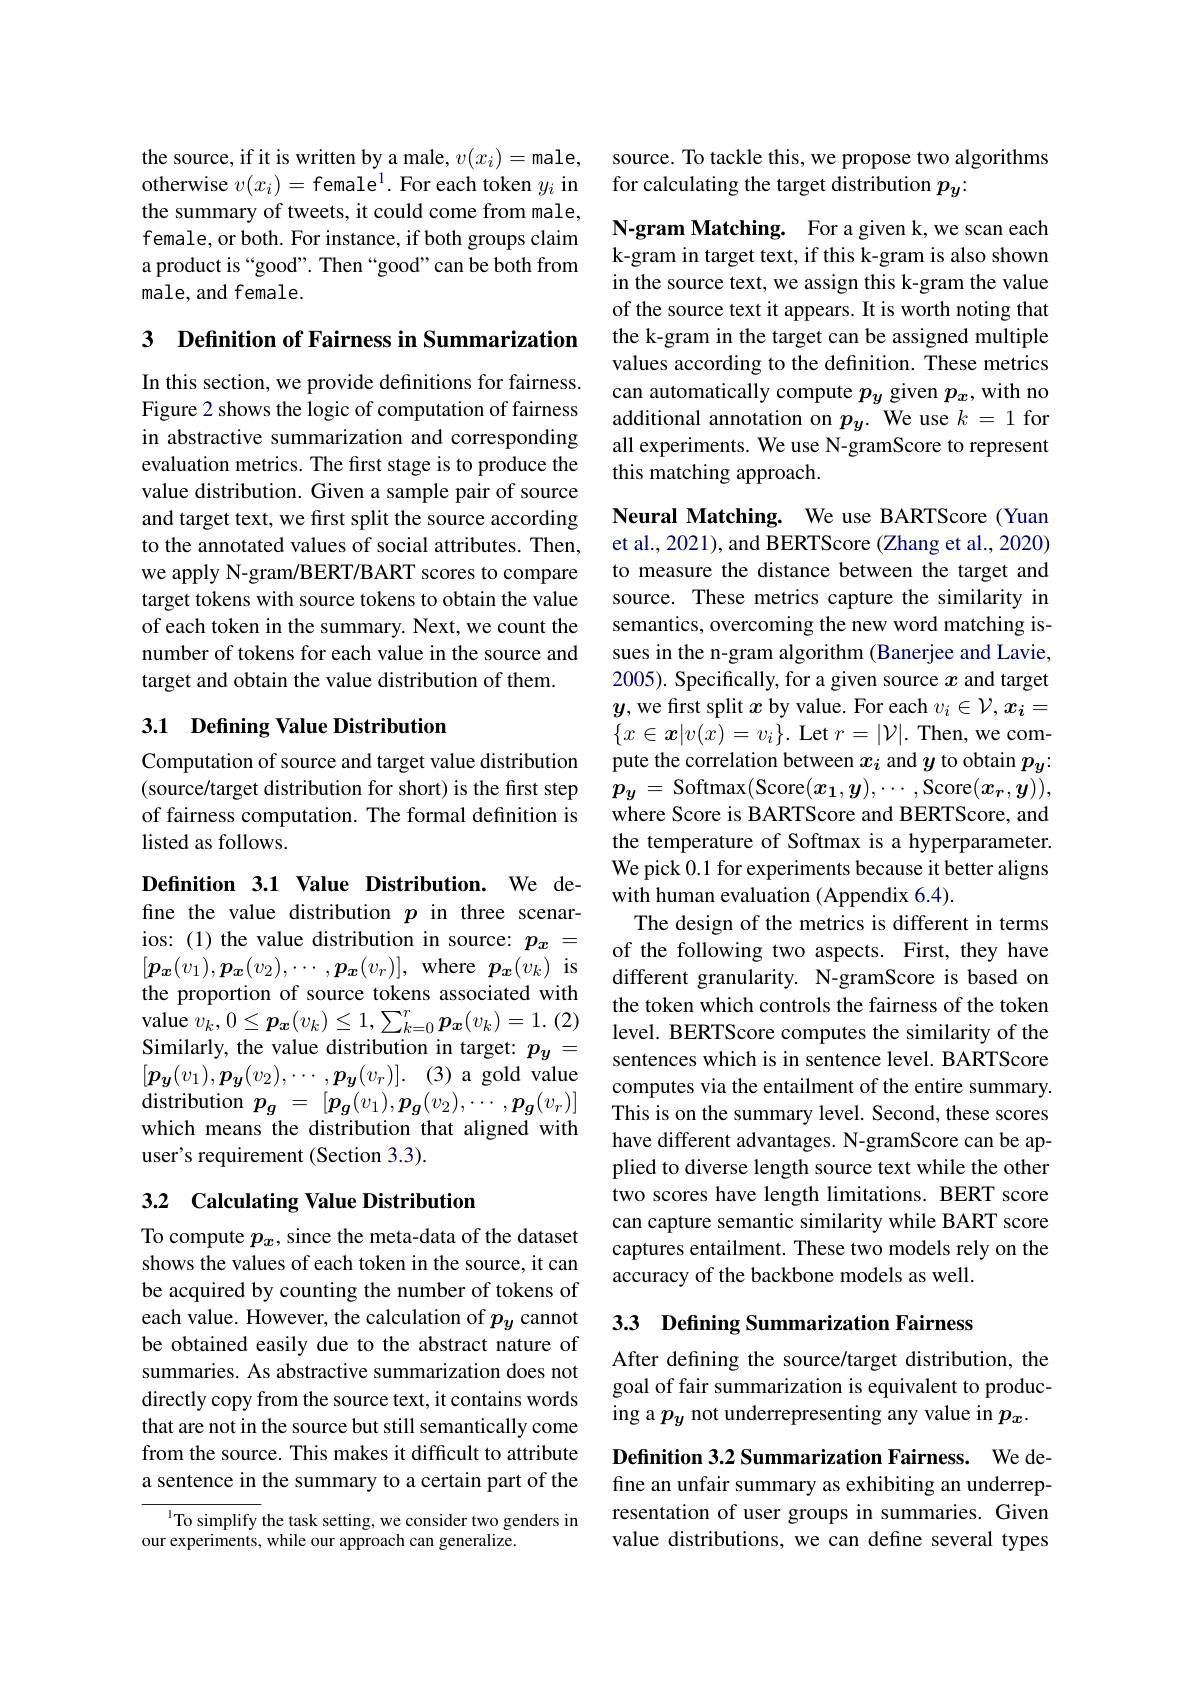
the source, if it is written by a male, $v(x_i)=$male, otherwise $v(x_i)=$female$^1.$ For each token $y_i$ in the summary of tweets, it could come from male, female, or both. For instance, if both groups claim a product is “good”. Then “good”can be both from male, and female.

3 Definition of Fairness in Summarization

In this section, we provide definitions for fairness. Figure 2 shows the logic of computation of fairness in abstractive summarization and corresponding evaluation metrics. The first stage is to produce the value distribution. Given a sample pair of source and target text, we first split the source according to the annotated values of social attributes. Then, we apply N-gram/BERT/BART scores to compare target tokens with source tokens to obtain the value of each token in the summary. Next, we count the number of tokens for each value in the source and target and obtain the value distribution of them.

## 3.1 Defining Value Distribution

Computation of source and target value distribution (source/target distribution for short) is the first step of fairness computation. The formal definition is listed as follows.

Definition 3.1 Value Distribution. We define the value distribution $p$ in three scenarios: (1) the value distribution in source: $p_x=$ $[\boldsymbol{p}_{\boldsymbol{x}}(v_{1}),\boldsymbol{p}_{\boldsymbol{x}}(v_{2}),\cdots,\boldsymbol{p}_{\boldsymbol{x}}(v_{r})]$,where$\boldsymbol p_{\boldsymbol{x}}(v_{k})$is the proportion of source tokens associated with value $v_{k}, 0\leq \boldsymbol{p}_{\boldsymbol{x}}( v_{k}) \leq 1, \sum _{k= 0}^{r}\boldsymbol{p}_{\boldsymbol{x}}( v_{k}) = 1. ( 2)$ Similarly, the value distribution in target: $p_y=$ $[ \boldsymbol{\underset y{p}}( v_1) , \boldsymbol{\underset y{p}}( v_2) , \cdots , \boldsymbol{\underset y{p}}( v_r) ] .$ (3)a gold value ${\mathrm{distribution~}}p_{g}$ = $[ p_{g}( v_{1}) , p_{g}( v_{2}) , \cdots , p_{g}( v_{r}) ]$ which means the distribution that aligned with user's requirement (Section 3.3).

## 3.2 Calculating Value Distribution

To compute $p_x$, since the meta-data of the dataset shows the values of each token in the source, it can be acquired by counting the number of tokens of each value. However, the calculation of $p_y$ cannot be obtained easily due to the abstract nature of summaries. As abstractive summarization does not directly copy from the source text, it contains words that are not in the source but still semantically come from the source. This makes it difficult to attribute a sentence in the summary to a certain part of the

$^{1}$To simplify the task setting, we consider two genders in
our experiments, while our approach can generalize.

source. To tackle this, we propose two algorithms
for calculating the target distribution $p_y:$

N-gram Matching. For a given k,we scan each k-gram in target text, if this k-gram is also shown in the source text, we assign this k-gram the value of the source text it appears. It is worth noting that the k-gram in the target can be assigned multiple values according to the definition. These metrics can automatically compute $p_y$ given $p_x$, with no additional annotation on $p_y.$ We use $k=1$ for all experiments. We use N-gramScore to represent this matching approach.

Neural Matching. We use BARTScore (Yuan et al., 2021), and BERTScore (Zhang et al., 2020) to measure the distance between the target and source. These metrics capture the similarity in semantics, overcoming the new word matching issues in the n-gram algorithm (Banerjee and Lavie, 2005). Specifically, for a given source $x$ and target $y$, we first split $x$ by value. For each $v_i\in\mathcal{V},x_i=$ $\{x\in\boldsymbol{x}|v(x)=v_i\}.$ Let $r=|\mathcal{V}|.$ Then, we compute the correlation between $x_i$ and $y$ to obtain $p_y$: $p_y=$ Softmax(Score$(x_1,\boldsymbol{y}),\cdots$,Score$(\boldsymbol{x}_\boldsymbol{r},\boldsymbol{y}))$, where Score is BARTScore and BERTScore, and the temperature of Softmax is a hyperparameter. We pick 0.1 for experiments because it better aligns with human evaluation (Appendix 6.4).
The design of the metrics is different in terms of the following two aspects. First, they have different granularity. N-gramScore is based on the token which controls the fairness of the token level. BERTScore computes the similarity of the sentences which is in sentence level. BARTScore computes via the entailment of the entire summary. This is on the summary level. Second, these scores have different advantages. N-gramScore can be applied to diverse length source text while the other two scores have length limitations. BERT score can capture semantic similarity while BART score captures entailment. These two models rely on the accuracy of the backbone models as well.

3.3 Defining Summarization Fairness

After defining the source/target distribution, the goal of fair summarization is equivalent to producing a $p_y$ not underrepresenting any value in $p_x.$

Definition 3.2 Summarization Fairness. We define an unfair summary as exhibiting an underrepresentation of user groups in summaries. Given value distributions, we can define several types